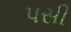
પસી